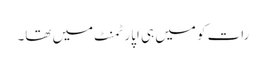
رات کو میں ہی اپارٹمنٹ میں تھا۔